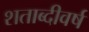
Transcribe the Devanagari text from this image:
शताब्दीवर्ष